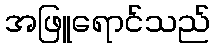
အဖြူရောင်သည်